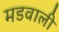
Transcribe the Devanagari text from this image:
मडवाली